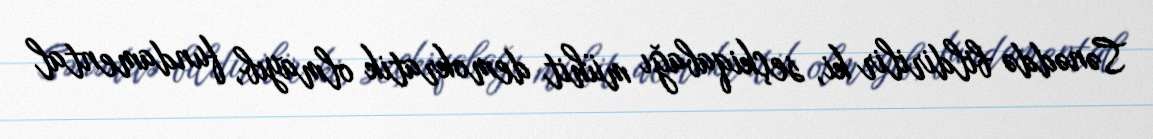
Sənəddə bildirilir ki, seçkiqabağı mühit demokratik olmayıb, fundamental